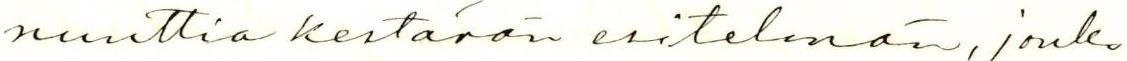
nuuttia kestävän esitelmän, jonka